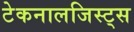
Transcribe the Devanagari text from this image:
टेकनालजिस्ट्‌स